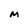
Character: M